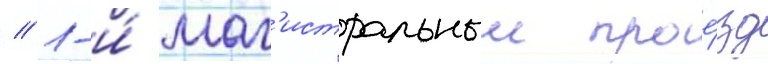
// 1-и́ маг'истральныи прое́зд